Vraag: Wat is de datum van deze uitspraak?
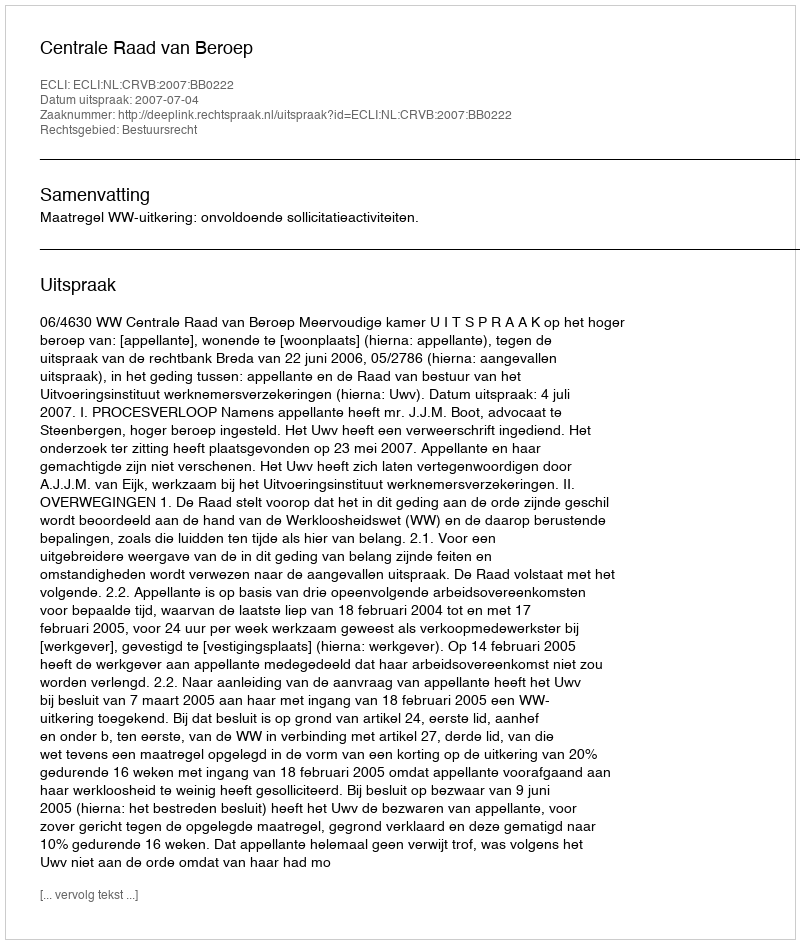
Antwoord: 2007-07-04